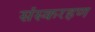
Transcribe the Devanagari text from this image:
संस्करहण